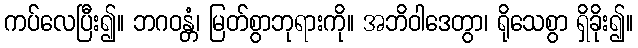
ကပ်လေပြီး၍။ ဘဂဝန္တံ၊ မြတ်စွာဘုရားကို။ အဘိဝါဒေတွာ၊ ရိုသေစွာ ရှိခိုး၍။